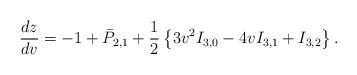
\begin{align*} \frac{dz}{dv}=-1+\bar{P}_{2,1}+\frac{1}{2}\left\{3v^2I_{3,0}-4vI_{3,1}+I_{3,2}\right\}.\end{align*}